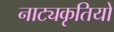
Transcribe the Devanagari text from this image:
नाट्यकृतियों